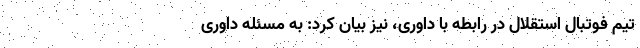
تیم فوتبال استقلال در رابطه با داوری، نیز بیان کرد: به مسئله داوری